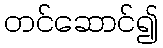
တင်ဆောင်၍